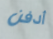
أدفن